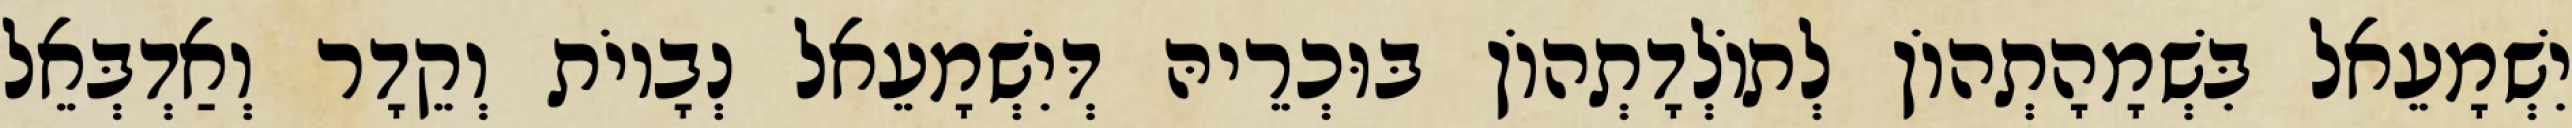
יִשְׁמָעֵאל בִּשְׁמָהָתְהוֹן לְתוֹלְדָתְהוֹן בּוּכְרֵיהּ דְּיִשְׁמָעֵאל נְבָיוֹת וְקֵדָר וְאַדְבְּאֵל